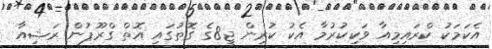
އެކަމަކު ކްރައިމިއާ ވަކިކުރުމާ އެކު ކުރިން ޖީ8ގެ ގޮތުގައި އޮތް ގްރޫޕުން ރަޝިއާ